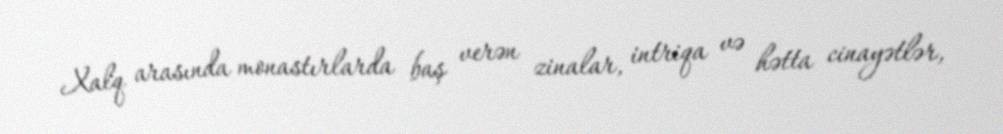
Xalq arasında monastırlarda baş verən zinalar, intriqa və hətta cinayətlər,